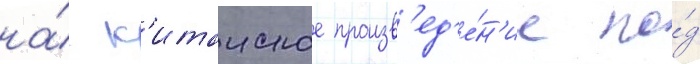
на́ к'итаиское произв'ед'е́н'ие по́д